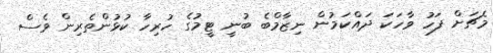
މެޗަށް ފަހު ވާހަކަ ދައްކަމުން ނިޒާމްބެ ބުނީ ޓީމުގެ ހުރިހާ ކުޅުންތެރިން ވެސް